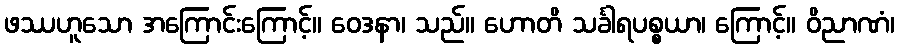
ဖဿဟူသော အကြောင်းကြောင့်။ ဝေဒနာ၊ သည်။ ဟောတိ သင်္ခါရပစ္စယာ၊ ကြောင့်။ ဝိညာဏံ၊